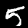
Digit: 5